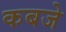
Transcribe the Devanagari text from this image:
कबजे